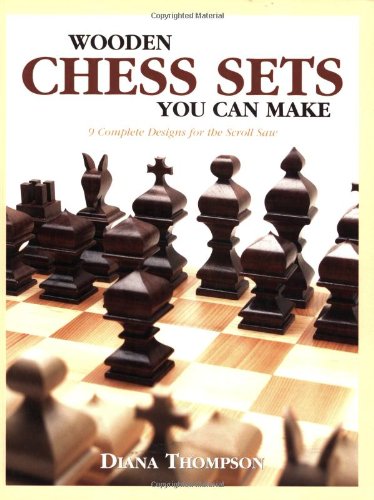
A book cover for Wooden Chess Sets You Can Make: 9 Complete Designs for the Scroll Saw; Diana L. Thompson; Crafts, Hobbies & Home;